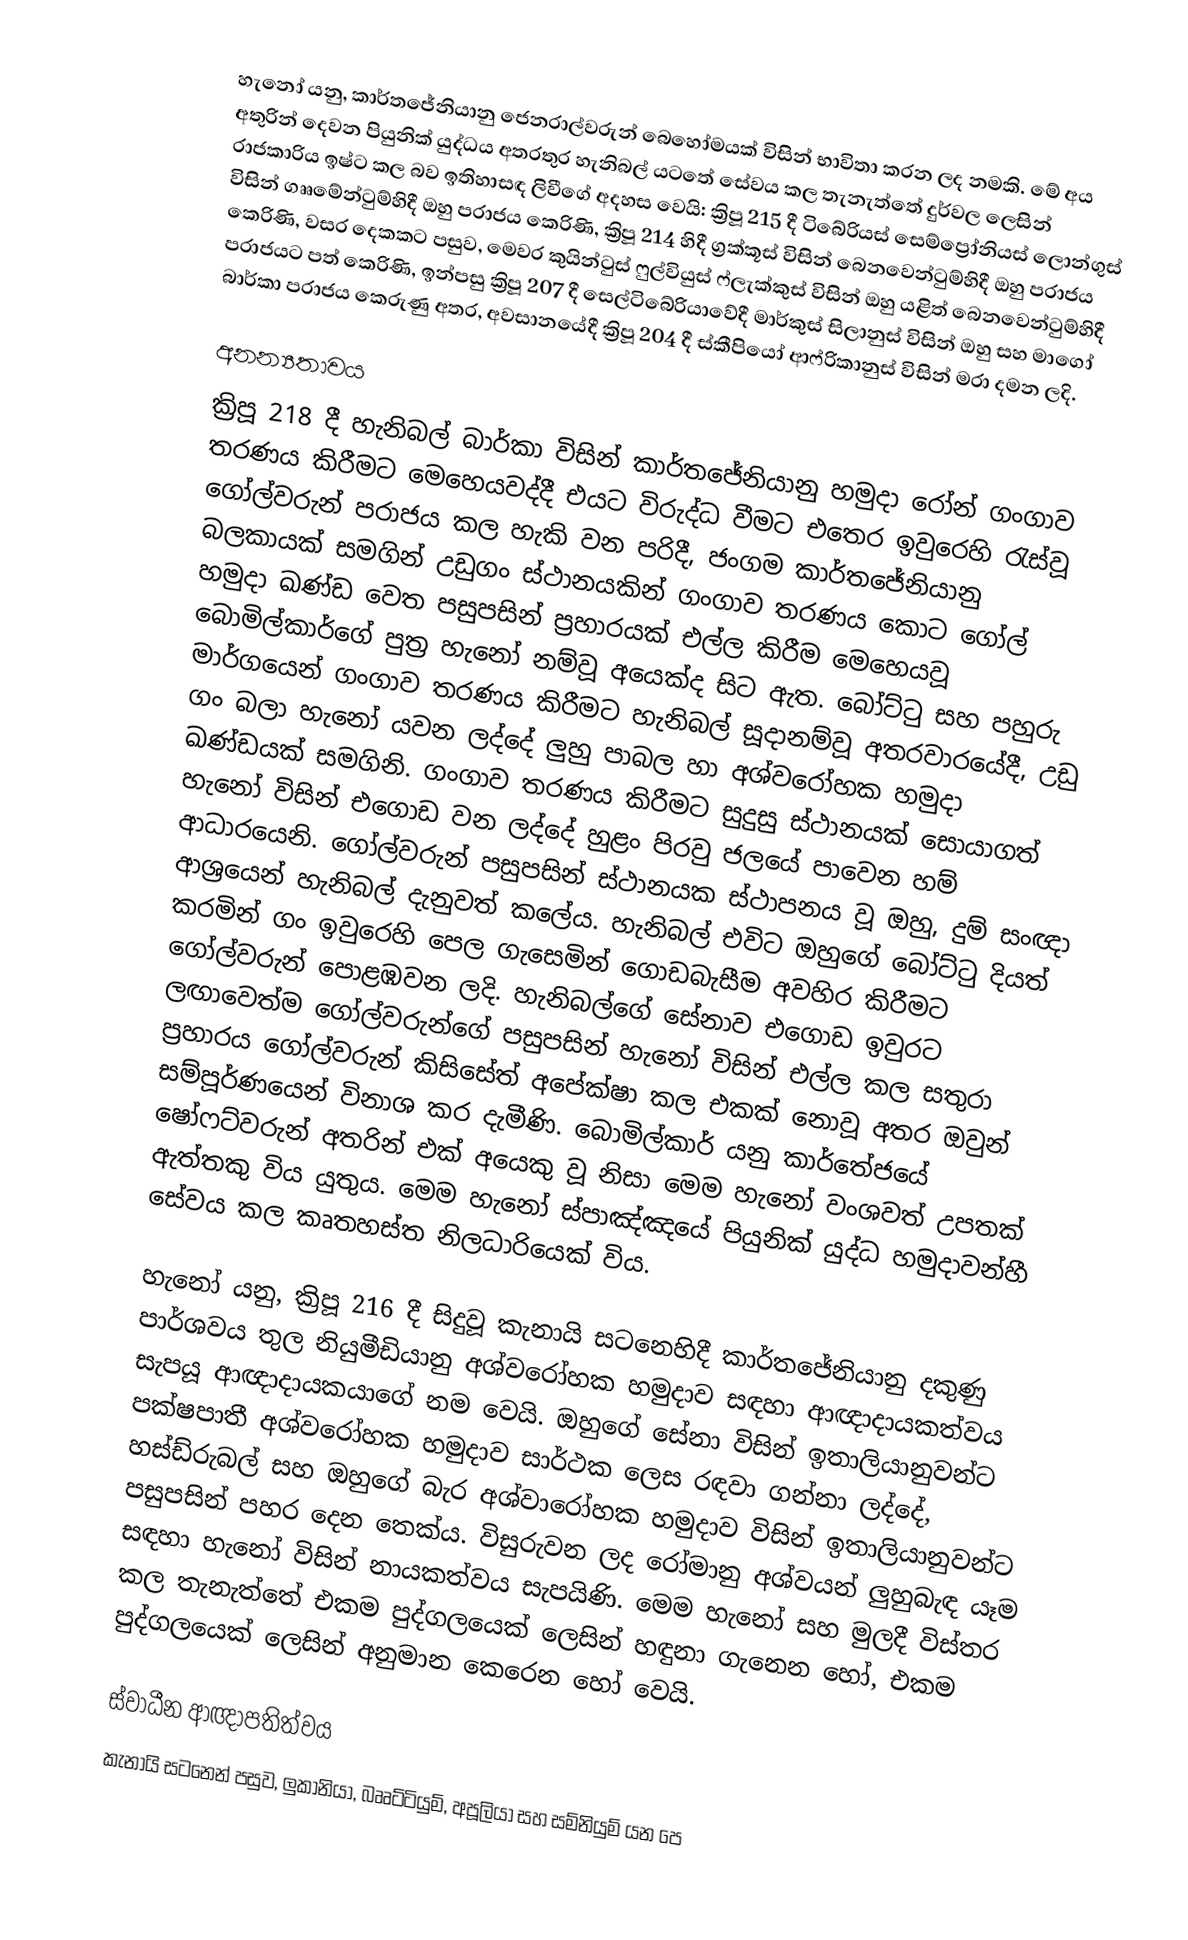
හැනෝ යනු,   කාර්තජේනියානු ජෙනරාල්වරුන් බෙහෝමයක් විසින් භාවිතා කරන ලද නමකි. මේ අය අතුරින් දෙවන පියුනික් යුද්ධය අතරතුර හැනිබල් යටතේ සේවය කල තැනැත්තේ දුර්වල ලෙසින් රාජකාරිය ඉෂ්ට කල බව ඉතිහාසඳ  ලිවීගේ අදහස වෙයි: ක්‍රිපූ 215 දී  ටි‍බේරියස් සෙම්ප්‍රෝනියස් ලොන්ගුස් විසින්   ගෲමේන්ටුම්හිදී  ඔහු පරාජය කෙරිණි,  ක්‍රිපූ 214 හිදී ග්‍රක්කූස් විසින් බෙනවෙන්ටුම්හිදී ඔහු පරාජය කෙරිණි, වසර දෙකකට පසුව, මෙවර කුයින්ටුස්  ෆුල්වියුස් ෆ්ලැක්කුස් විසින් ඔහු යළිත් බෙනවෙන්ටුම්හිදී පරාජයට පත් කෙරිණි, ඉන්පසු ක්‍රිපූ 207 දී සෙල්ටිබේරියාවේදී  මාර්කුස් සිලානුස් විසින් ඔහු සහ මාගෝ බාර්කා පරාජය කෙරුණු අතර, අවසානයේදී ක්‍රිපූ 204 දී  ස්කීපියෝ ආෆ්රිකානුස් විසින් මරා දමන ලදි.

අනන්‍යතාවය
ක්‍රිපූ 218  දී හැනිබල් බාර්කා විසින් කාර්තජේනියානු හමුදා රෝන් ගංගාව තරණය කිරීමට මෙහෙයවද්දී එයට විරුද්ධ වීමට එතෙර ඉවුරෙහි රැස්වූ ගෝල්වරුන් පරාජය කල හැකි වන පරිදී,  ජංගම කාර්තජේනියානු බලකායක් සමගින් උඩුගං ස්ථානයකින් ගංගාව තරණය කොට   ගෝල් හමුදා ඛණ්ඩ වෙත පසුපසින් ප්‍රහාරයක් එල්ල කිරීම මෙහෙයවූ බොමිල්කාර්ගේ පුත්‍ර හැනෝ නම්වූ අයෙක්ද සිට ඇත. බෝට්ටු සහ පහුරු මාර්ගයෙන් ගංගාව තරණය කිරීමට හැනිබල් සූදානම්වූ අතරවාරයේදී, උඩු ගං බලා හැනෝ යවන ලද්දේ ලුහු පාබල හා අශ්වරෝහක හමුදා ඛණ්ඩයක් සමගිනි. ගංගාව තරණය කිරීමට සුදුසු ස්ථානයක් සොයාගත් හැනෝ විසින් එගොඩ වන ලද්දේ හුළං පිරවු ජලයේ පාවෙන හම් ආධාරයෙනි. ගෝල්වරුන් පසුපසින් ස්ථානයක ස්ථාපනය වූ ඔහු, දුම් සංඥා ආශ්‍රයෙන් හැනිබල් දැනුවත් කලේය. හැනිබල් එවිට ඔහුගේ බෝට්ටු දියත් කරමින් ගං ඉවුරෙහි පෙල ගැසෙමින් ගොඩබැසීම අවහිර කිරීමට ගෝල්වරුන් පොළඹවන ලදි. හැනිබල්ගේ සේනාව එගොඩ ඉවුරට ලඟාවෙත්ම ගෝල්වරුන්ගේ පසුපසින් හැනෝ විසින් එල්ල කල සතුරා ප්‍රහාරය ගෝල්වරුන් කිසිසේත් අපේක්ෂා කල එකක් නොවූ අතර  ඔවුන් සම්පූර්ණයෙන් විනාශ කර දැමීණි. බොමිල්කාර් යනු  කාර්තේජයේ ෂෝෆට්වරුන් අතරින් එක් අයෙකු වූ නිසා මෙම හැනෝ වංශවත් උපතක් ඇත්තකු විය යුතුය. මෙම හැනෝ ස්පාඤ්ඤයේ පියුනික් යුද්ධ හමුදාවන්හී සේවය කල කෘතහස්ත නිලධාරියෙක් විය.

හැනෝ යනු, ක්‍රිපූ 216 දී සිදුවූ  කැනායි සටනෙහිදී කාර්තජේනියානු දකුණු පාර්ශවය තුල නියුමීඩියානු අශ්වරෝහක හමුදාව සඳහා ආඥාදායකත්වය සැපයූ ආඥාදායකයාගේ නම වෙයි. ඔහුගේ සේනා විසින් ඉතාලියානුවන්ට පක්ෂපාතී අශ්වරෝහක හමුදාව සාර්ථක ලෙස රඳවා ගන්නා ලද්දේ, හස්ඩ්රුබල් සහ ඔහුගේ බැර අශ්වාරෝහක හමුදාව විසින් ඉතාලියානුවන්ට පසුපසින් පහර දෙන තෙක්ය. විසුරුවන ලද රෝමානු අශ්වයන් ලුහුබැඳ යෑම සඳහා හැනෝ විසින් නායකත්වය සැපයිණි.  මෙම හැනෝ සහ මුලදී විස්තර කල තැනැත්තේ එකම පුද්ගලයෙක් ලෙසින් හඳුනා ගැනෙන හෝ, එකම පුද්ගලයෙක් ලෙසින් අනුමාන කෙරෙන හෝ වෙයි.

ස්වාධීන ආඥාපතිත්වය
කැනායි සටනෙන් පසුව, ලුකානියා, බෲට්ටියුම්, අපූලියා සහ සම්නියුම් යන පෙ